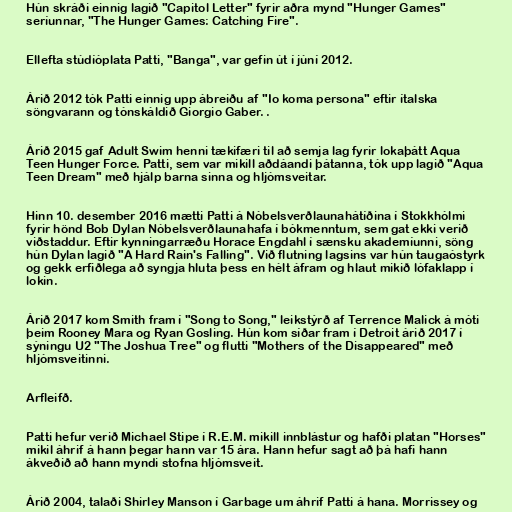
Hún skráði einnig lagið "Capitol Letter" fyrir aðra mynd "Hunger Games"
seríunnar, "The Hunger Games: Catching Fire".

Ellefta stúdíóplata Patti, "Banga", var gefin út í júní 2012.

Árið 2012 tók Patti einnig upp ábreiðu af "Io koma persona" eftir ítalska
söngvarann og tónskáldið Giorgio Gaber. .

Árið 2015 gaf Adult Swim henni tækifæri til að semja lag fyrir lokaþátt Aqua
Teen Hunger Force. Patti, sem var mikill aðdáandi þátanna, tók upp lagið "Aqua
Teen Dream" með hjálp barna sinna og hljómsveitar.

Hinn 10. desember 2016 mætti Patti á Nóbelsverðlaunahátíðina í Stokkhólmi
fyrir hönd Bob Dylan Nóbelsverðlaunahafa í bókmenntum, sem gat ekki verið
viðstaddur. Eftir kynningarræðu Horace Engdahl í sænsku akademíunni, söng
hún Dylan lagið "A Hard Rain's Falling". Við flutning lagsins var hún taugaóstyrk
og gekk erfiðlega að syngja hluta þess en hélt áfram og hlaut mikið lófaklapp í
lokin.

Árið 2017 kom Smith fram í "Song to Song," leikstýrð af Terrence Malick á móti
þeim Rooney Mara og Ryan Gosling. Hún kom síðar fram í Detroit árið 2017 í
sýningu U2 "The Joshua Tree" og flutti "Mothers of the Disappeared" með
hljómsveitinni.

Arfleifð.

Patti hefur verið Michael Stipe í R.E.M. mikill innblástur og hafði platan "Horses"
mikil áhrif á hann þegar hann var 15 ára. Hann hefur sagt að þá hafi hann
ákveðið að hann myndi stofna hljómsveit.

Árið 2004, talaði Shirley Manson í Garbage um áhrif Patti á hana. Morrissey og